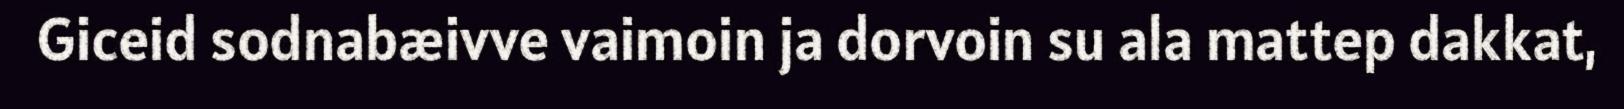
Giceid sodnabæivve vaimoin ja dorvoin su ala mattep dakkat,